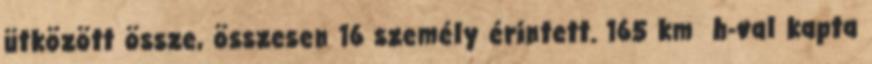
ütközött össze, összesen 16 személy érintett. 165 km h-val kapta